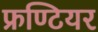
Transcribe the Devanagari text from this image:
फ्रण्टियर